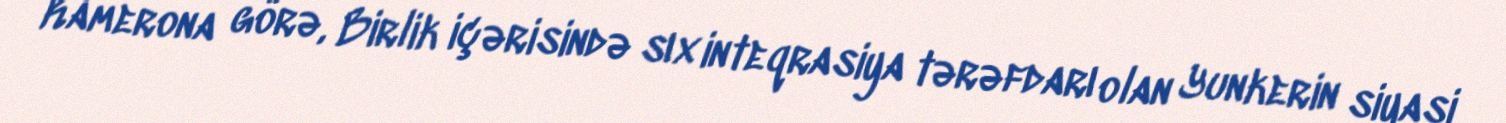
Kamerona görə, Birlik içərisində sıx inteqrasiya tərəfdarı olan Yunkerin siyasi